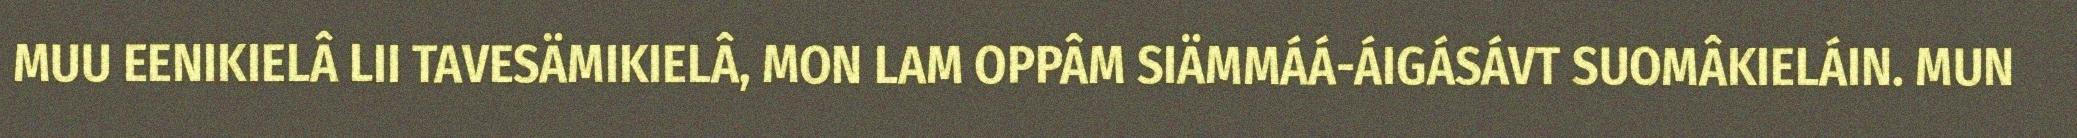
MUU EENIKIELÂ LII TAVESÄMIKIELÂ, MON LAM OPPÂM SIÄMMÁÁ-ÁIGÁSÁVT SUOMÂKIELÁIN. MUN